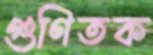
গুণিতক